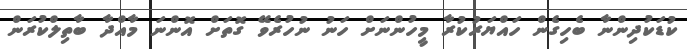
ކުޑަކުދިންނާ ބެހިގެން ހައްޔަރުކުރާ މީހުންނަށް ހަނު ނުހުރެވޭ ގޮތަށް އޮންނަ މާއްދާ ބާތިލްކުރަން